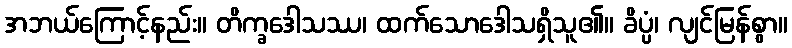
အဘယ်ကြောင့်နည်း။ တိက္ခဒေါသဿ၊ ထက်သောဒေါသရှိသူ၏။ ခိပ္ပံ၊ လျင်မြန်စွာ။